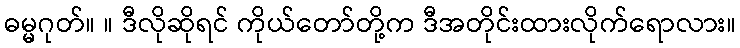
ဓမ္မဂုတ်။ ။ ဒီလိုဆိုရင် ကိုယ်တော်တို့က ဒီအတိုင်းထားလိုက်ရောလား။